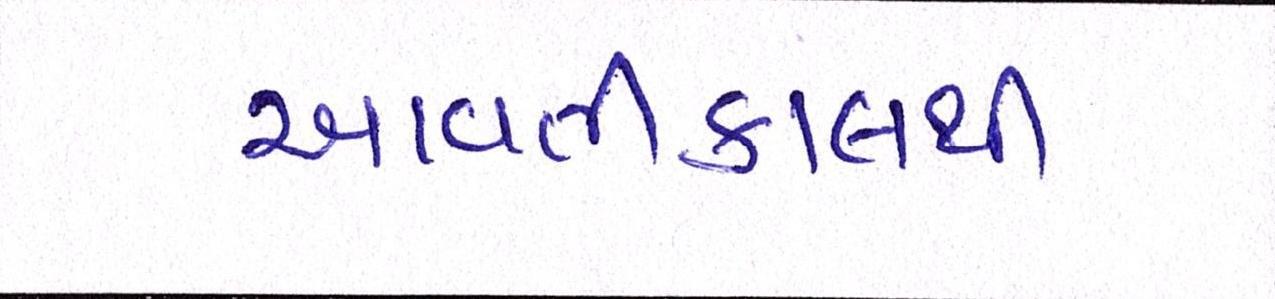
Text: આવતીકાલથી